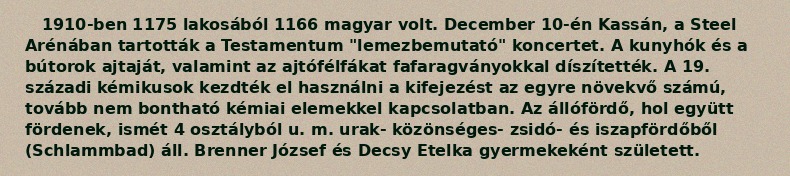
1910-ben 1175 lakosából 1166 magyar volt. December 10-én Kassán, a Steel Arénában tartották a Testamentum "lemezbemutató" koncertet. A kunyhók és a bútorok ajtaját, valamint az ajtófélfákat fafaragványokkal díszítették. A 19. századi kémikusok kezdték el használni a kifejezést az egyre növekvő számú, tovább nem bontható kémiai elemekkel kapcsolatban. Az állófördő, hol együtt fördenek, ismét 4 osztályból u. m. urak- közönséges- zsidó- és iszapfördőből (Schlammbad) áll. Brenner József és Decsy Etelka gyermekeként született.